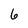
Character: 6